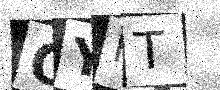
Text: OYFT